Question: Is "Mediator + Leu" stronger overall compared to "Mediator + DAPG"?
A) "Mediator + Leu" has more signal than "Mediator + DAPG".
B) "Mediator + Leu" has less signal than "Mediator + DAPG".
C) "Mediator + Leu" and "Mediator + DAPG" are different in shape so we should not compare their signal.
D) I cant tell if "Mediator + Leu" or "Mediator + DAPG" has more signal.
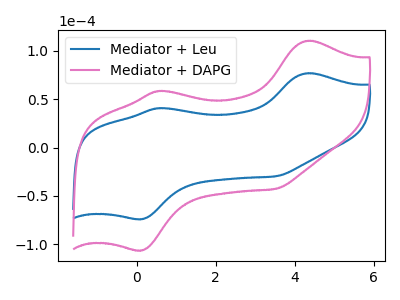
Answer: <think>The blue curve "Mediator + Leu" has anodic peaks at (4.35V, 76.80uA) (0.60V, 40.75uA) and cathodic peaks at (0.10V, -74.00uA) (3.50V, -29.70uA). The pink curve "Mediator + DAPG" has anodic peaks at (4.35V, 110.35uA) (0.60V, 58.55uA) and cathodic peaks at (0.10V, -106.30uA) (3.50V, -42.65uA).
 All the peaks in "Mediator + Leu" have a peak in "Mediator + DAPG" at the same potential. Every peak in "Mediator + Leu" is lower than every peak in "Mediator + DAPG".</think>
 <answer>B) "Mediator + Leu" has less signal than "Mediator + DAPG".</answer>
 <eval>B</eval>